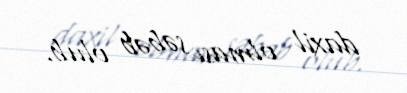
daxil olması səbəb olub.